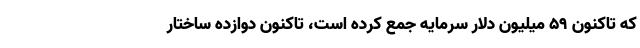
که تاکنون ۵۹ میلیون دلار سرمایه جمع کرده است، تاکنون دوازده ساختار